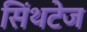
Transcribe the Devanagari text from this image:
सिंथटेज